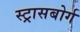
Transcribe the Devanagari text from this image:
स्ट्रासबोर्ग